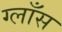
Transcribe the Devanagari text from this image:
ग्लाँस